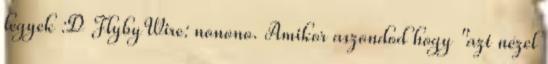
legyek :D FlybyWire: nonono. Amikor aszondod hogy "azt nézel